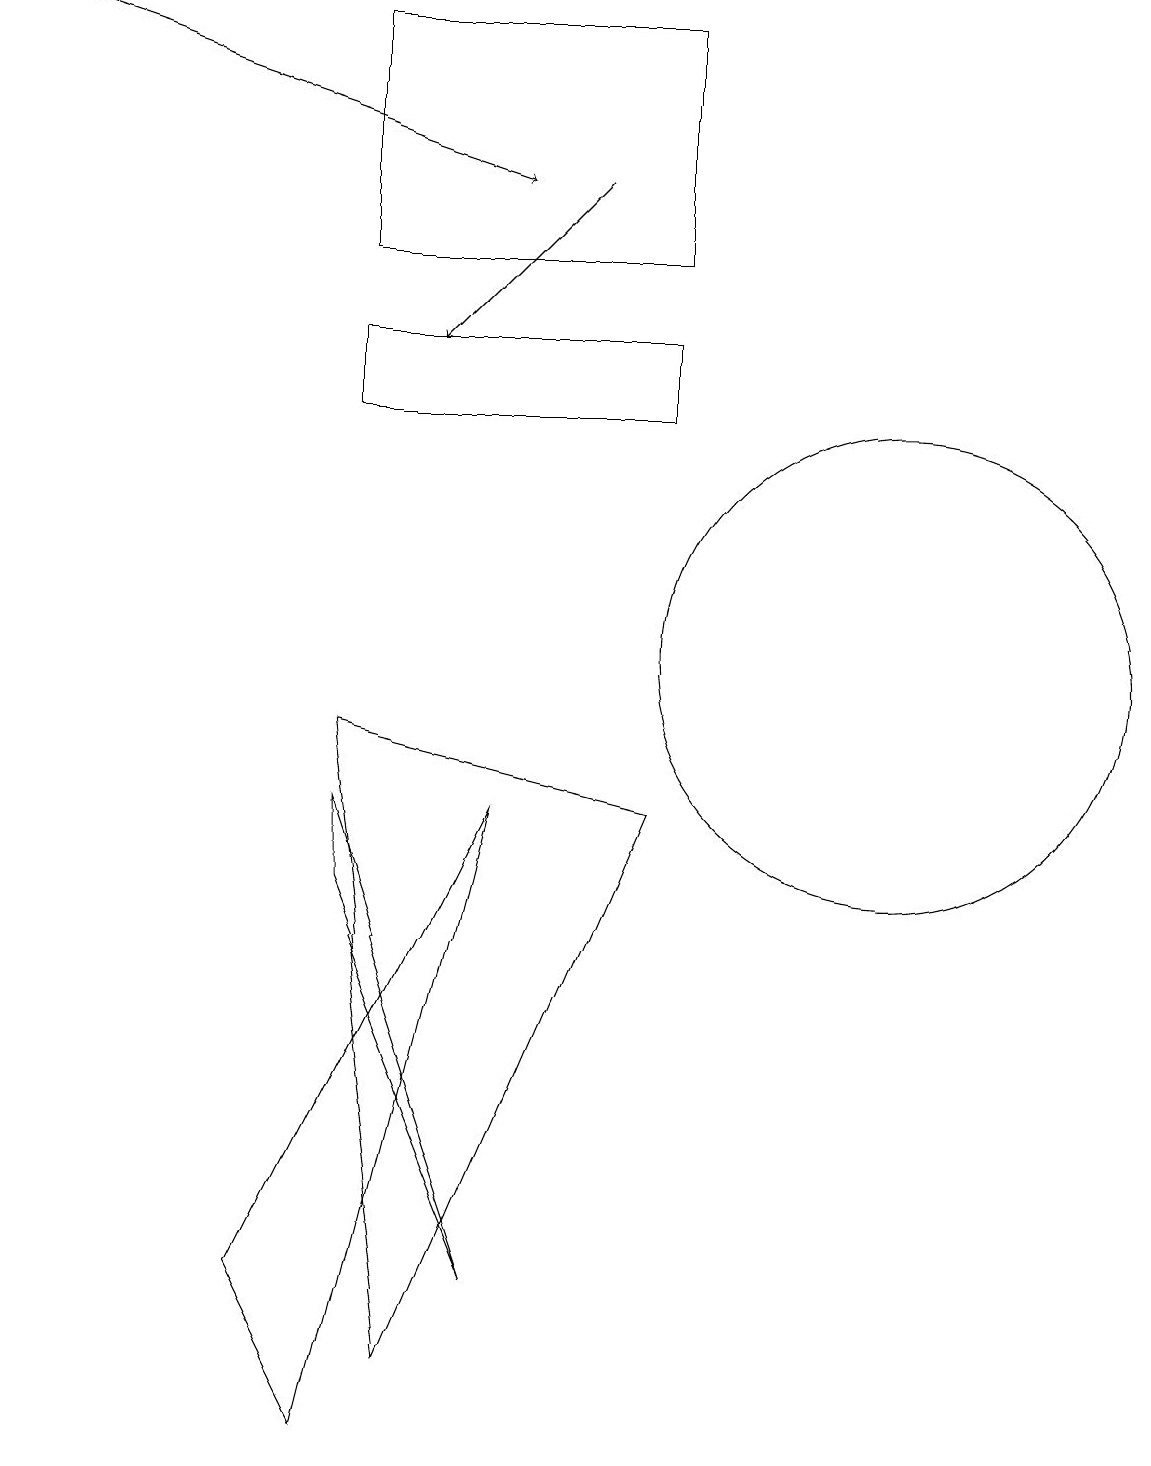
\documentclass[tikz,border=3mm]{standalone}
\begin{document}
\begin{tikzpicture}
\draw[->] (7,16) -- (5,14);
\draw (6,8) -- (3,2) -- (4,0) -- cycle;
\draw (4,15) rectangle (8,18);
\draw[->] (0,18) -- (6,16);
\draw (8,14) rectangle (4,13);
\draw (6,2) -- (4,8) -- (4,7) -- cycle;
\draw (5,1) -- (8,8) -- (4,9) -- cycle;
\draw (11,10) circle (3);
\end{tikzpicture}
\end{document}